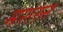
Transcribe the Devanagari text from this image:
मस्लन